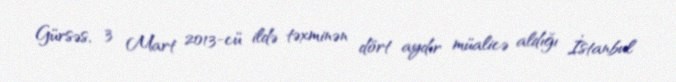
Gürsəs, 3 Mart 2013-cü ildə təxminən dört aydır müalicə aldığı İstanbul